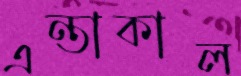
এন্তাকাল